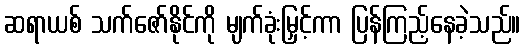
ဆရာယစ် သက်ဇော်နိုင်ကို မျက်ခုံးမြှင့်ကာ ပြန်ကြည့်နေခဲ့သည်။